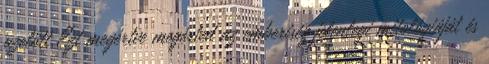
azelőtt Ezt megértve megérted az emberiség jelenlegi mitológiáját és